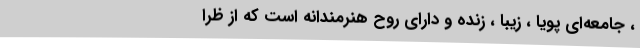
، جامعه‌ای پویا ، زیبا ، زنده و دارای روح هنرمندانه است که از ظرا